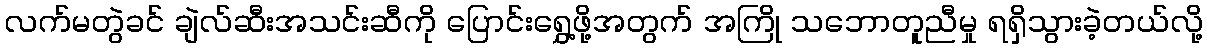
လက်မတွဲခင် ချဲလ်ဆီးအသင်းဆီကို ပြောင်းရွှေ့ဖို့အတွက် အကြို သဘောတူညီမှု ရရှိသွားခဲ့တယ်လို့